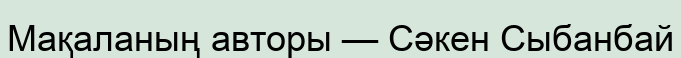
Мақаланың авторы — Сәкен Сыбанбай